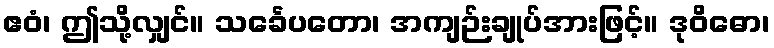
ဧဝံ၊ ဤသို့လျှင်။ သင်္ခေပတော၊ အကျဉ်းချုပ်အားဖြင့်။ ဒုဝိဓော၊